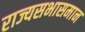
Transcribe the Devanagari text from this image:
राज्यसभासमान